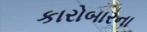
કારોબારના